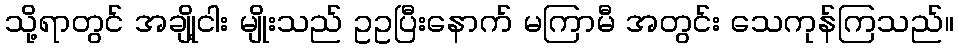
သို့ရာတွင် အချို့ငါး မျိုးသည် ဥဥပြီးနောက် မကြာမီ အတွင်း သေကုန်ကြသည်။